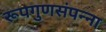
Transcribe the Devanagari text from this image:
रूपगुणसंपन्ना